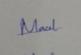
Signature authenticity: genuine